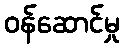
ဝန်ဆောင်မှု